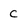
Character: C